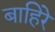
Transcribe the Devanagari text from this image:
बाहिरे